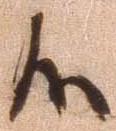
候